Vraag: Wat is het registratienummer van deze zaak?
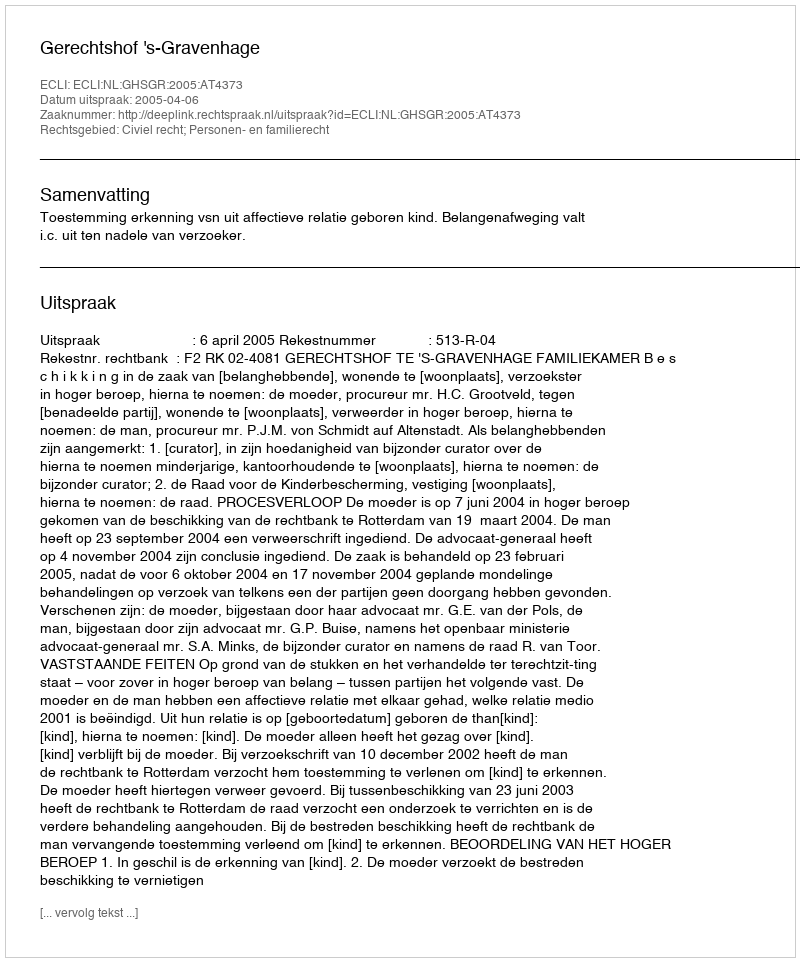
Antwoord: http://deeplink.rechtspraak.nl/uitspraak?id=ECLI:NL:GHSGR:2005:AT4373